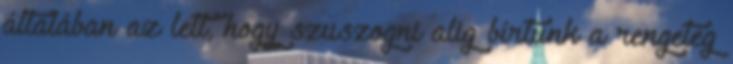
általában az lett, hogy szuszogni alig bírtunk a rengeteg